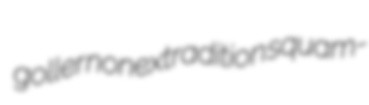
goller nonextradition squam-